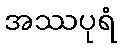
အဿပုရံ